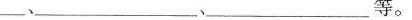
__、__________、______等。